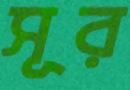
সূর